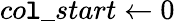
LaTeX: co\mathtt{l}\_ start\gets0